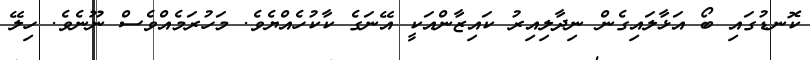
ކޮނޑުގައި ބޯ އަޅާލައިގެން ނިދާލިއިރު ކައިޒާންއަކީ އޭނަގެ ކާކުހެއްޔެވެ. މަހުރަމެއްވެސް ނޫނެވެ. ހިލޭ